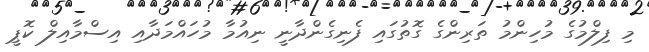
މި ފިލްމުގެ މުހިންމު ތަރިންގެ ގޮތުގައި ފެނިގެންދާނީ ނިއުމާ މުހައްމަދާއި އިސްމާއިލް ކޮޕީ